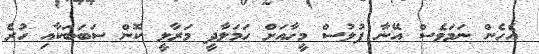
އެހެން ނަމަވެސް އޭނާ ފުލުސް މީހާއަށް ހަމަލާދީ މަރާލީ ކޮން ސަބަބަކާއި ހުރެ